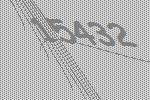
15432